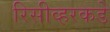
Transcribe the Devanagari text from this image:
रिसीव्हरकडे